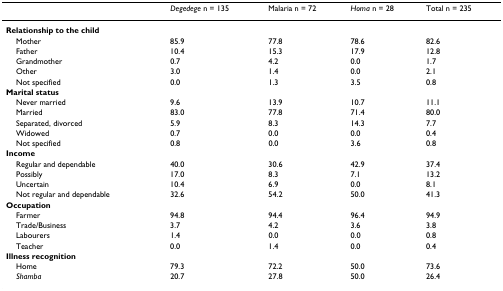
<table><thead><tr><td></td><td><b><i>Degedege </i>n = 135</b></td><td><b>Malaria n = 72</b></td><td><b><i>Homa </i>n = 28</b></td><td><b>Total n = 235</b></td></tr></thead><tbody><tr><td><b>Relationship to the child</b></td><td></td><td></td><td></td><td></td></tr><tr><td> Mother</td><td>85.9</td><td>77.8</td><td>78.6</td><td>82.6</td></tr><tr><td> Father</td><td>10.4</td><td>15.3</td><td>17.9</td><td>12.8</td></tr><tr><td> Grandmother</td><td>0.7</td><td>4.2</td><td>0.0</td><td>1.7</td></tr><tr><td> Other</td><td>3.0</td><td>1.4</td><td>0.0</td><td>2.1</td></tr><tr><td> Not specified</td><td>0.0</td><td>1.3</td><td>3.5</td><td>0.8</td></tr><tr><td><b>Marital status</b></td><td></td><td></td><td></td><td></td></tr><tr><td> Never married</td><td>9.6</td><td>13.9</td><td>10.7</td><td>11.1</td></tr><tr><td> Married</td><td>83.0</td><td>77.8</td><td>71.4</td><td>80.0</td></tr><tr><td> Separated, divorced</td><td>5.9</td><td>8.3</td><td>14.3</td><td>7.7</td></tr><tr><td> Widowed</td><td>0.7</td><td>0.0</td><td>0.0</td><td>0.4</td></tr><tr><td> Not specified</td><td>0.8</td><td>0.0</td><td>3.6</td><td>0.8</td></tr><tr><td><b>Income</b></td><td></td><td></td><td></td><td></td></tr><tr><td> Regular and dependable</td><td>40.0</td><td>30.6</td><td>42.9</td><td>37.4</td></tr><tr><td> Possibly</td><td>17.0</td><td>8.3</td><td>7.1</td><td>13.2</td></tr><tr><td> Uncertain</td><td>10.4</td><td>6.9</td><td>0.0</td><td>8.1</td></tr><tr><td> Not regular and dependable</td><td>32.6</td><td>54.2</td><td>50.0</td><td>41.3</td></tr><tr><td><b>Occupation</b></td><td></td><td></td><td></td><td></td></tr><tr><td> Farmer</td><td>94.8</td><td>94.4</td><td>96.4</td><td>94.9</td></tr><tr><td> Trade/Business</td><td>3.7</td><td>4.2</td><td>3.6</td><td>3.8</td></tr><tr><td> Labourers</td><td>1.4</td><td>0.0</td><td>0.0</td><td>0.8</td></tr><tr><td> Teacher</td><td>0.0</td><td>1.4</td><td>0.0</td><td>0.4</td></tr><tr><td><b>Illness recognition</b></td><td></td><td></td><td></td><td></td></tr><tr><td> Home</td><td>79.3</td><td>72.2</td><td>50.0</td><td>73.6</td></tr><tr><td> <i>Shamba</i></td><td>20.7</td><td>27.8</td><td>50.0</td><td>26.4</td></tr></tbody></table>